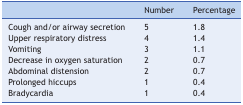
<table><thead><tr><td>[EMPTY_CELL]</td><td><b>Number</b></td><td><b>Percentage</b></td></tr></thead><tbody><tr><td>Cough and/or airway secretion</td><td>5</td><td>1.8</td></tr><tr><td>Upper respiratory distress</td><td>4</td><td>1.4</td></tr><tr><td>Vomiting</td><td>3</td><td>1.1</td></tr><tr><td>Decrease in oxygen saturation</td><td>2</td><td>0.7</td></tr><tr><td>Abdominal distension</td><td>2</td><td>0.7</td></tr><tr><td>Prolonged hiccups</td><td>1</td><td>0.4</td></tr><tr><td>Bradycardia</td><td>1</td><td>0.4</td></tr></tbody></table>